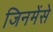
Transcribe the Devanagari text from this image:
जिनमेंसे